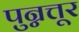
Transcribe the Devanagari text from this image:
पुन्नत्तूर